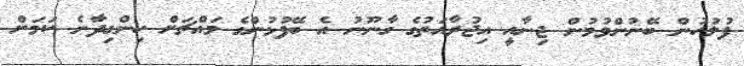
ފުލުހުން ބޭނުންވުމުން ޖިނާއީ އިޖުރާއަތުގެ ގާނޫނު އެ ބޭފުޅުންގެ މައްޗަށް ހިންގިދާނެ ކަމަށް